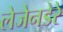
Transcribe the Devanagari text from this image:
लेजेनडेरे